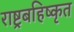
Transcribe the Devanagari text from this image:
राष्ट्रबहिष्कृत